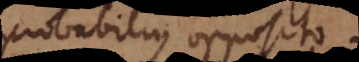
probabilius opposito.